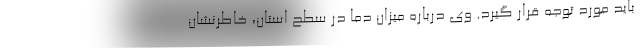
باید مورد توجه قرار گیرد. وی درباره میزان دما در سطح استان، خاطرنشان